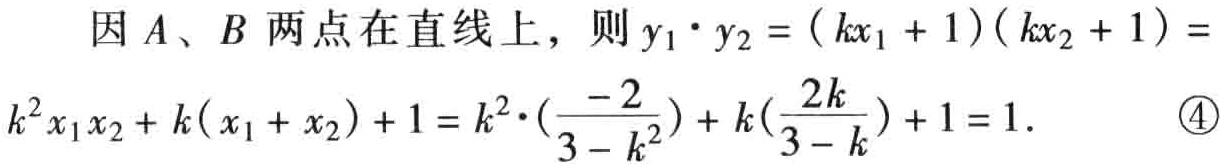
因 \(A、B\) 两点在直线上，则 \(y_{1}\cdot y_{2}=(kx_{1} + 1)(kx_{2} + 1)=k^{2}x_{1}x_{2}+k(x_{1}+x_{2}) + 1=k^{2}\cdot(\frac{-2}{3 - k^{2}})+k(\frac{2k}{3 - k})+1 = 1\).  \textcircled{4}